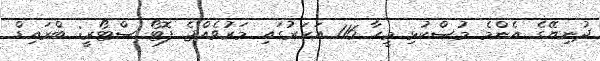
ދުނިޔޭގެ އެންމެ މުސްކުޅި މީހާ 116 އަހަރުގައި މަރުވެއްޖެ ފޮޓޯ ސްޓޯރީ: ބްރައިޑް